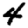
Digit: 4